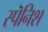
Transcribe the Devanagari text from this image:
स्पॆनिश